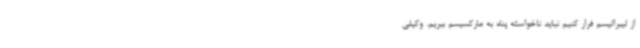
از لیبرالیسم فرار کنیم نباید ناخواسته پناه به مارکسیسم ببریم. وکیلی